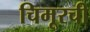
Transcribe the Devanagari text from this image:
चिमूरची